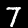
Label: 7